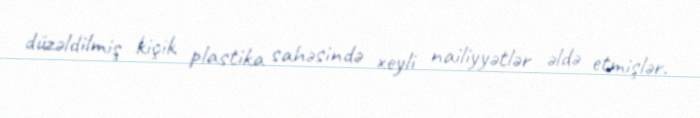
düzəldilmiş kiçik plastika sahəsində xeyli nailiyyətlər əldə etmişlər.